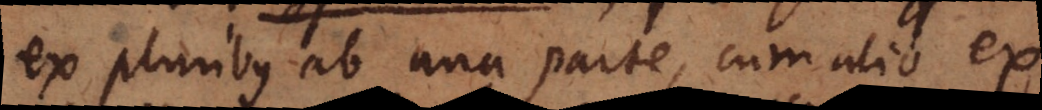
ex pluribus ab una parte, cum alio ex